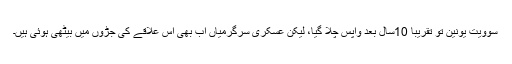
سوویت یونین تو تقریباً 10سال بعد واپس چلا گیا، لیکن عسکری سرگرمیاں اب بھی اس علاقے کی جڑوں میں بیٹھی ہوئی ہیں۔